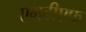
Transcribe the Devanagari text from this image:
एमटीएफ